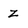
Character: Z